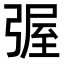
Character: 𭛀